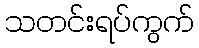
သတင်းရပ်ကွက်